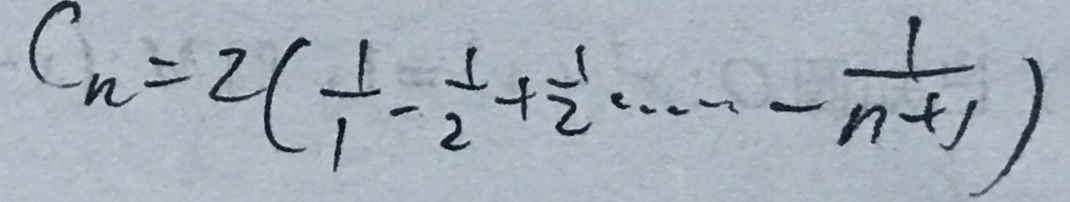
C _ { n } = 2 ( \frac { 1 } { 1 } - \frac { 1 } { 2 } + \frac { 1 } { 2 } \cdots - \frac { 1 } { n + 1 } )